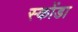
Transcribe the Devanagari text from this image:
स्कोंडा